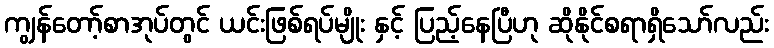
ကျွန်တော့်စာအုပ်တွင် ယင်းဖြစ်ရပ်မျိုး နှင့် ပြည့်နေပြီဟု ဆိုနိုင်စရာရှိသော်လည်း